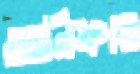
আনিফাহ